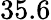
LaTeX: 35.6